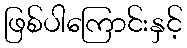
ဖြစ်ပါကြောင်းနှင့်